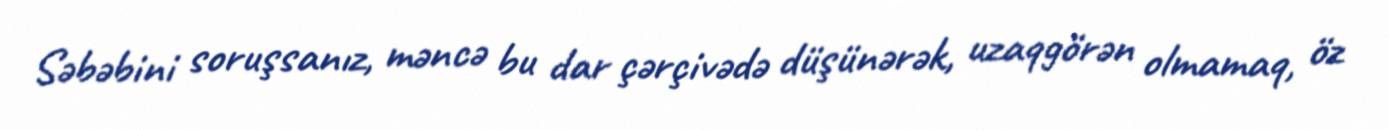
Səbəbini soruşsanız, məncə bu dar çərçivədə düşünərək, uzaqgörən olmamaq, öz